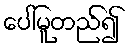
ပေါ်မူတည်၍